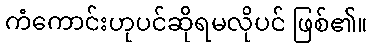
ကံကောင်းဟုပင်ဆိုရမလိုပင် ဖြစ်၏။